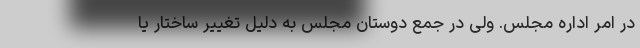
در امر اداره مجلس. ولی در جمع دوستان مجلس به دلیل تغییر ساختار یا